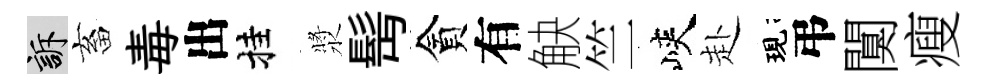
訴畜毒出挂漿髩貪有觖竺峽赴現弔闃瘦